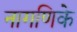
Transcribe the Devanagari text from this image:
नागणिके